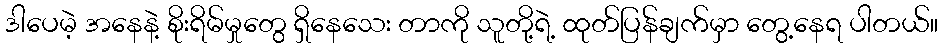
ဒါပေမဲ့ အနေနဲ့ စိုးရိမ်မှုတွေ ရှိနေသေး တာကို သူတို့ရဲ့ ထုတ်ပြန်ချက်မှာ တွေ့နေရ ပါတယ်။